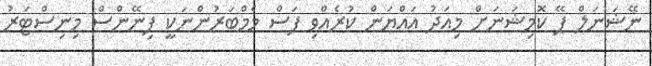
ނޭޝަނަލް ޕޭ ކޮމިޝަނަށް މިއަދު އައްޔަން ކުރެއްވި ފަސް މެމްބަރުންނަކީ ފިނޭންސް މިނިސްޓަރު